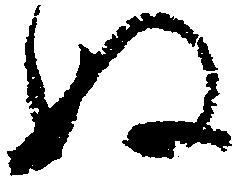
ぬ